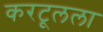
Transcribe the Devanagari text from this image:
करटूलला